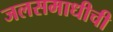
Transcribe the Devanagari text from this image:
जलसमाधीची